Vaccination Hyderabad 1872-1889 - 1872-1889
Year: 1872
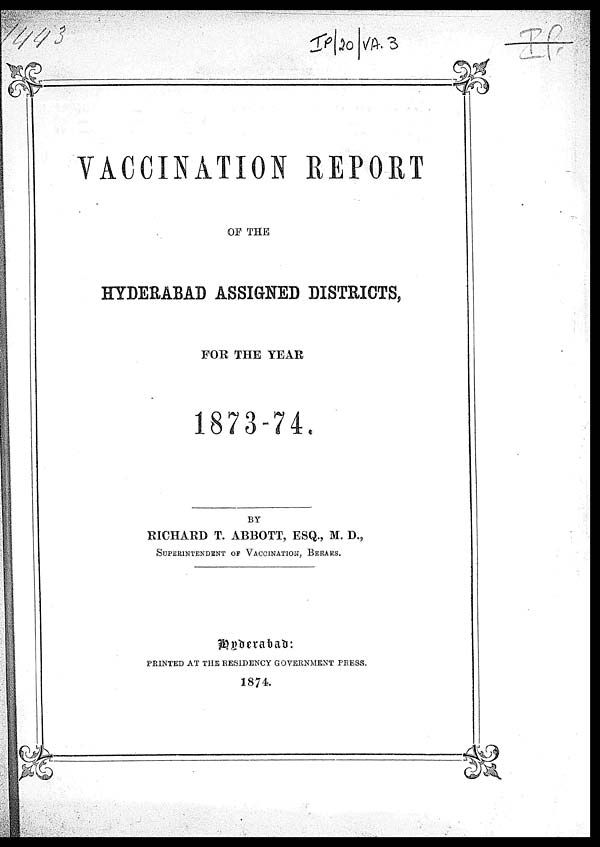
VACCINATION REPORT
OF THE
HYDERABAD ASSIGNED DISTRICTS,
FOR THE YEAR
1873-74.
BY
RICHARD T. ABBOTT, ESQ., M. D.,
SUPERINTENDENT OF VACCINATION, BERARS.
PRINTED AT THE RESIDENCY GOVERNMENT PRESS.
1874.